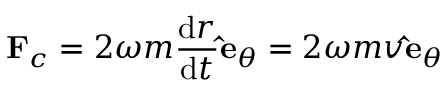
\mathbf { F } _ { c } = 2 \omega m { \frac { \mathrm { { d } } r } { \mathrm { { d } } t } } \mathbf { \hat { e } } _ { \theta } = 2 \omega m v \mathbf { \hat { e } } _ { \theta }